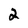
Character: 2